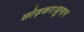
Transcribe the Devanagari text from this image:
छोड़कर।यूनान